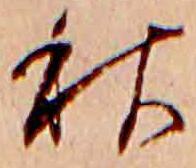
秋